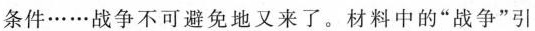
条件……战争不可避免地又来了。材料中的”战争”引